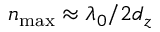
n _ { \mathrm { m a x } } \approx \lambda _ { 0 } / 2 d _ { z }